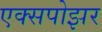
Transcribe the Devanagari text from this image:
एक्सपोझर